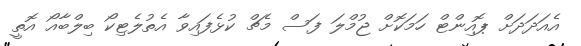
އެއަދަދަށް ޕޮއިންޓް ހަމަކޮށް ޖުމްލަ ފަސް މެޗް ކުޅެފައިވާ އެތުލެޓިކޯ ބިލްބާއޯ އޮތީ